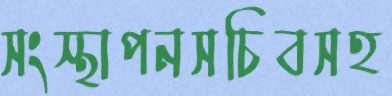
সংস্থাপনসচিবসহ